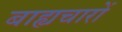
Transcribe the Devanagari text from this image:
बाह्यचारों